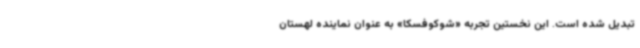
تبدیل شده است. این نخستین تجربه «شوکوفسکا» به عنوان نماینده لهستان